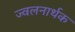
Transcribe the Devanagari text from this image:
ज्वलनार्थक